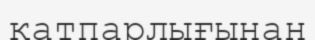
қатпарлығынан